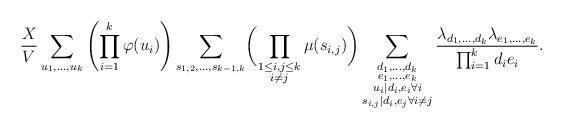
LaTeX: \begin{align*}\frac{X}{V}\sum_{u_1,\ldots,u_k}\left(\prod_{i=1}^k\varphi(u_i)\right)\sum_{s_{1,2},\ldots,s_{k-1,k}}\biggl(\prod_{\substack{1\leq i,j\leq k\\i\neq j}}\mu(s_{i,j})\biggr)\sum_{\substack{d_1,\ldots,d_k\\e_1,\ldots,e_k\\u_i\mid d_i,e_i\forall i\\s_{i,j}\mid d_i,e_j\forall i\neq j}}\frac{\lambda_{d_1,\ldots,d_k}\lambda_{e_1,\ldots,e_k}}{\prod_{i=1}^kd_ie_i}.\end{align*}